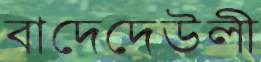
বাদেদেউলী